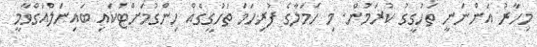
މިހާރު އަންނަނީ ތަހުގީގު ކުރަމުން. މި ހަމަލާގެ ފުރިހަމަ ތަހުގީގެއް ހިންގުމަށްޓަކައި ބައިނަލްއަގްވާމީ